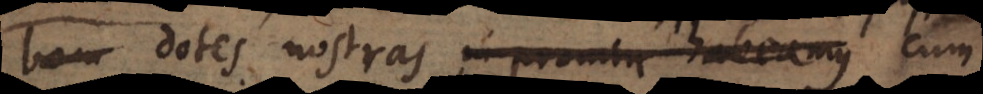
bon dotes nostras, in promtu habeamus cum